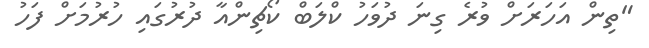
"ތިން އަހަރަށް ވުރެ ގިނަ ދުވަހު ކްލަބް ކޯޗިންއާ ދުރުގައި ހުރުމަށް ފަހު